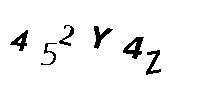
452Y4Z